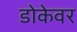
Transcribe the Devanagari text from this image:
डोकेवर